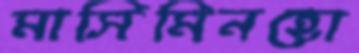
মাসিমিনহো